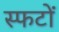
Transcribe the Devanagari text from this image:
स्फटों